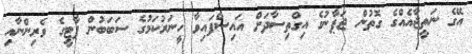
އޭގެ ނަތީޖާއެއްގެ ގޮތުން ޖަޕާނުގެ އިގްތިސާދަށް އައިސްފައިވާ ހީނަރުކަމުގެ ސަބަބުން ޕާޓީގެ ވެރިންނާއި